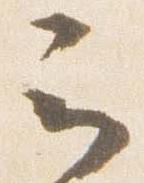
云